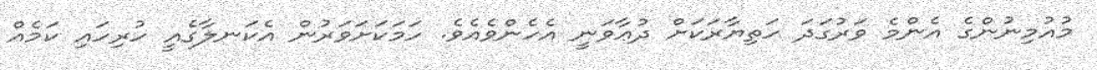
މުއުމިނުންގެ އެންމެ ވަރުގަދަ ހަތިޔާރަކަށް ދުޢާވަނީ އެހެންވެއެވެ. ހަމަކަށަވަރުން އެކަނލާގެއީ ހުރިހައި ކަމެއް